Indian Medical Review
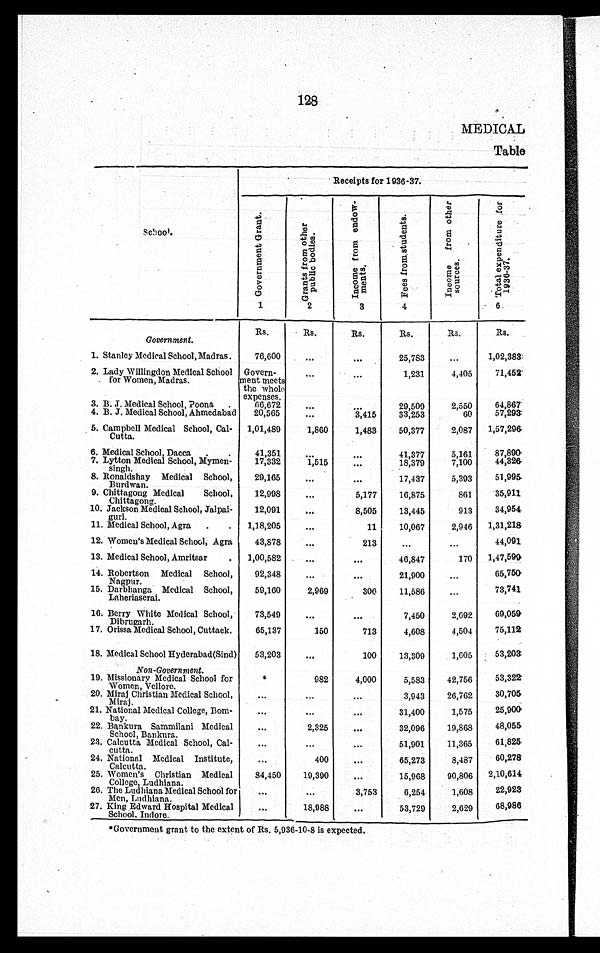
128
MEDICAL
Table
Receipts for 1936-37.
School
G o v e r n m e n t G r a n t
1
G r a n t s f r o m o t h e r p u b l i c b o d i e s
2
I n c o m e f r o m e n d o w - m e n t s
3
F e e s f r o m s t u d e n t s
4
I n c o m e f r o m o t h e r s o u r c e
T o t a l e x p e n d i t u r e f o r 1 9 3 6 - 3 7 .
Government .
RS
Rs.
Rs.
Rs.
Rs
Rs
1 Stanley Medical School Madras.
76,60
...
...
25,783
...
1,02,383:
2. Lady Willingdon Medical School
for Women, Madras.
Govern-
ment meets
the whole
expenses.
...
...
1,231
4,405
71,452
3. B. J. Medical School, Poona .
66,67
...
...
29,509
2,550
64,867'
4. B. J. Medical School, Ahmedabad 20,56
• • •
3,415
33,253
60
57,293:
5. Campbell Medical School, Cal-
Cutta.
1,01,489
1,860
1,483
50,377
2,087 1,57,296
6. Medical School, Dacca.
41,351
...
. . .
41,377
5,161
87,890
7. Lytton Medical School, Mymen-
singh.
17,332
1,515
...
18,379
7,100
44,326
8. Ronaldshay Medical Schoo
, Burdwan.
29,165
...
...
17,437
5,393
51,995
9. Chittagong Medical School
, Chittagong.
12,998
...
5,177
16,875
861
35,911
10. Jackson Medical School, Jalpai-
guri.
12,091
...
8,505
13,445
913
34,954
11. Medical School, Agra . 1,18,205
...
11
10,067
2,946 1,31,218
12. Women's Medical School, Agra
43,878 ...
21
...
...
44,091
13. Medical School, Amritsar . 1,00,582
...
...
46,847
170 1,47,599
14. Robertson Medical School
Nagpur.
92,348
...
...
21,900
...
65,750
15.Darbhanga Medical School
Laheriaserai.
59,160
2,969
306
11,586
...
73,741
16. Berry White Medical School,
Dibrugarh.
73,549
...
...
7,450
2,692
69,059
17. Orissa Medical School, Cuttack.
65,137
150
713
4,608
4,504
75,112
18. Medical School Hyderabad(Sind) 53,203
...
100
13,309
1,605
53,20a
Non-Government.
19. Missionary Medical School for
Women, Vellore.
...
982
4,000
5,583
42,756
53,322
20. Miraj Christian Medical School
Miraj.
...
...
...
3,943
26,762
30,705
21. National Medical College, Bom-
bay.
...
...
...
31,400
1,676
25,900
22. Bankura Sammilani Medica
l School, Bankura.
...
2 , 3 2 5
...
32,096
19,868
48,055
23. Calcutta Medical School, Cal-
cutta.
...
...
...
51,901
11,365
61,825
24. National Medical Institute,
Calcutta.
...
400
...
65,273
8,187
60,278
25. Women's Christian Medical
College, Ludhiana.
84,450
19,390
...
15,968
90,806 2,10,614
26. The Ludhiana Medical School for
Men, Ludhiana.
...
...
3,753
6,254
1,608
22,923
27. King Edward Hospital Medical
School. Indore.
...
18,988
...
53,729
2,629
68,986
' ,Government grant to the extent of Rs. 5,936-10-8 is expected.